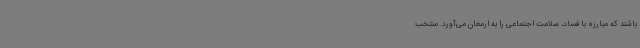
باشند که مبارزه با فساد، سلامت اجتماعی را به ارمغان می‌آورد. منتخب